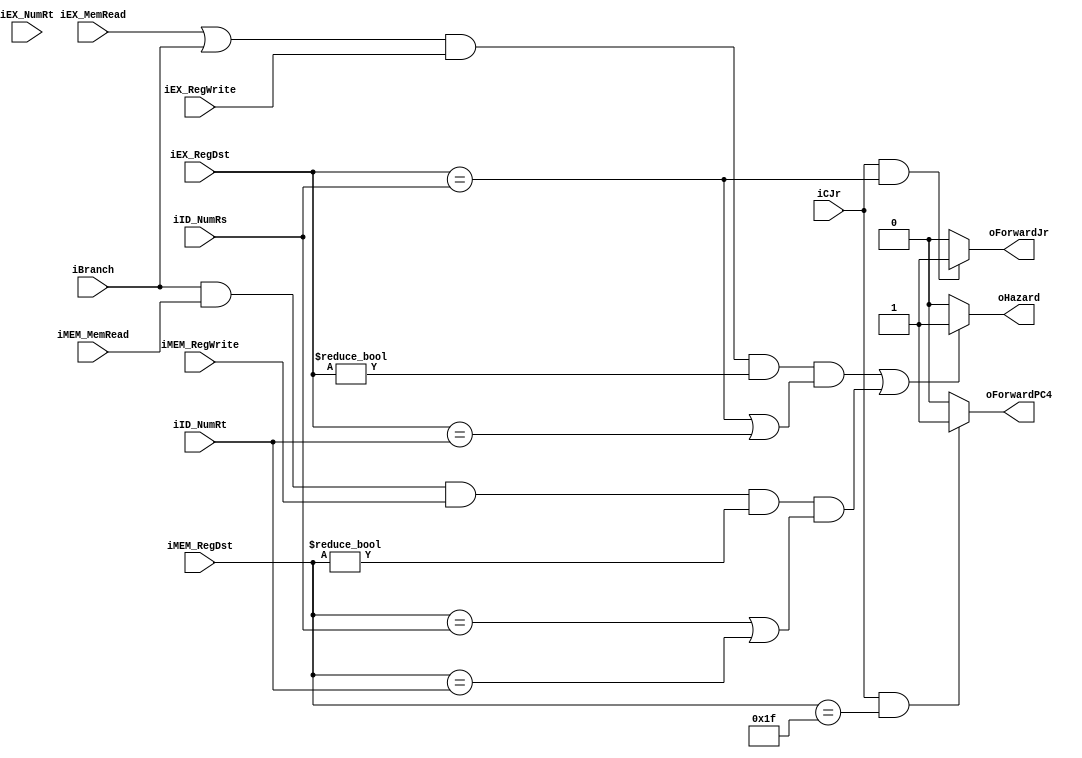
/*
 * Unidade de Deteccao de Hazard
 */
 module HazardUnitM (
	input [4:0] iID_NumRs, iID_NumRt, iEX_NumRt, iEX_RegDst, iMEM_RegDst,
	input iEX_MemRead, iEX_RegWrite, iMEM_MemRead, iMEM_RegWrite, iCJr, iBranch,
	output oHazard, oForwardJr, oForwardPC4
);
	
	wire wEX_RegHazard  = (iEX_RegDst == iID_NumRs) || (iEX_RegDst == iID_NumRt);
	wire wMEM_RegHazard = (iMEM_RegDst == iID_NumRs) || (iMEM_RegDst == iID_NumRt);
	
	wire wEX_Hazard  = (iEX_MemRead || iBranch) && iEX_RegWrite && (iEX_RegDst != 5'b0) && wEX_RegHazard;
	wire wMEM_Hazard = iBranch && iMEM_MemRead && iMEM_RegWrite && (iMEM_RegDst != 5'b0) && wMEM_RegHazard;
	
	assign oHazard = (wEX_Hazard || wMEM_Hazard) ? 1'b1 : 1'b0;
	
	assign oForwardJr = ((iCJr) && (iEX_RegDst == iID_NumRs)) ? 1'b1 : 1'b0;
	
	assign oForwardPC4 = ((iCJr) && (iMEM_RegDst == 5'd31)) ? 1'b1 : 1'b0;
	
endmodule